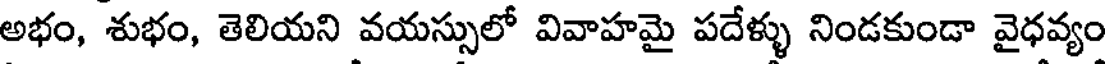
అభం, శుభం, తెలియని వయస్సులో వివాహమై పదేళ్ళు నిండకుండా వైధవ్యం